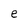
Character: e